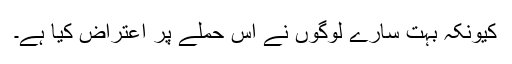
کیونکہ بہت سارے لوگوں نے اس حملے پر اعتراض کیا ہے۔